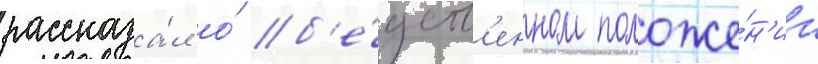
рассказа́л о́ б'е́дств'енном положе́н'ии